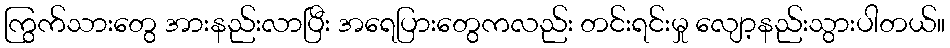
ကြွက်သားတွေ အားနည်းလာပြီး အရေပြားတွေကလည်း တင်းရင်းမှု လျော့နည်းသွားပါတယ်။